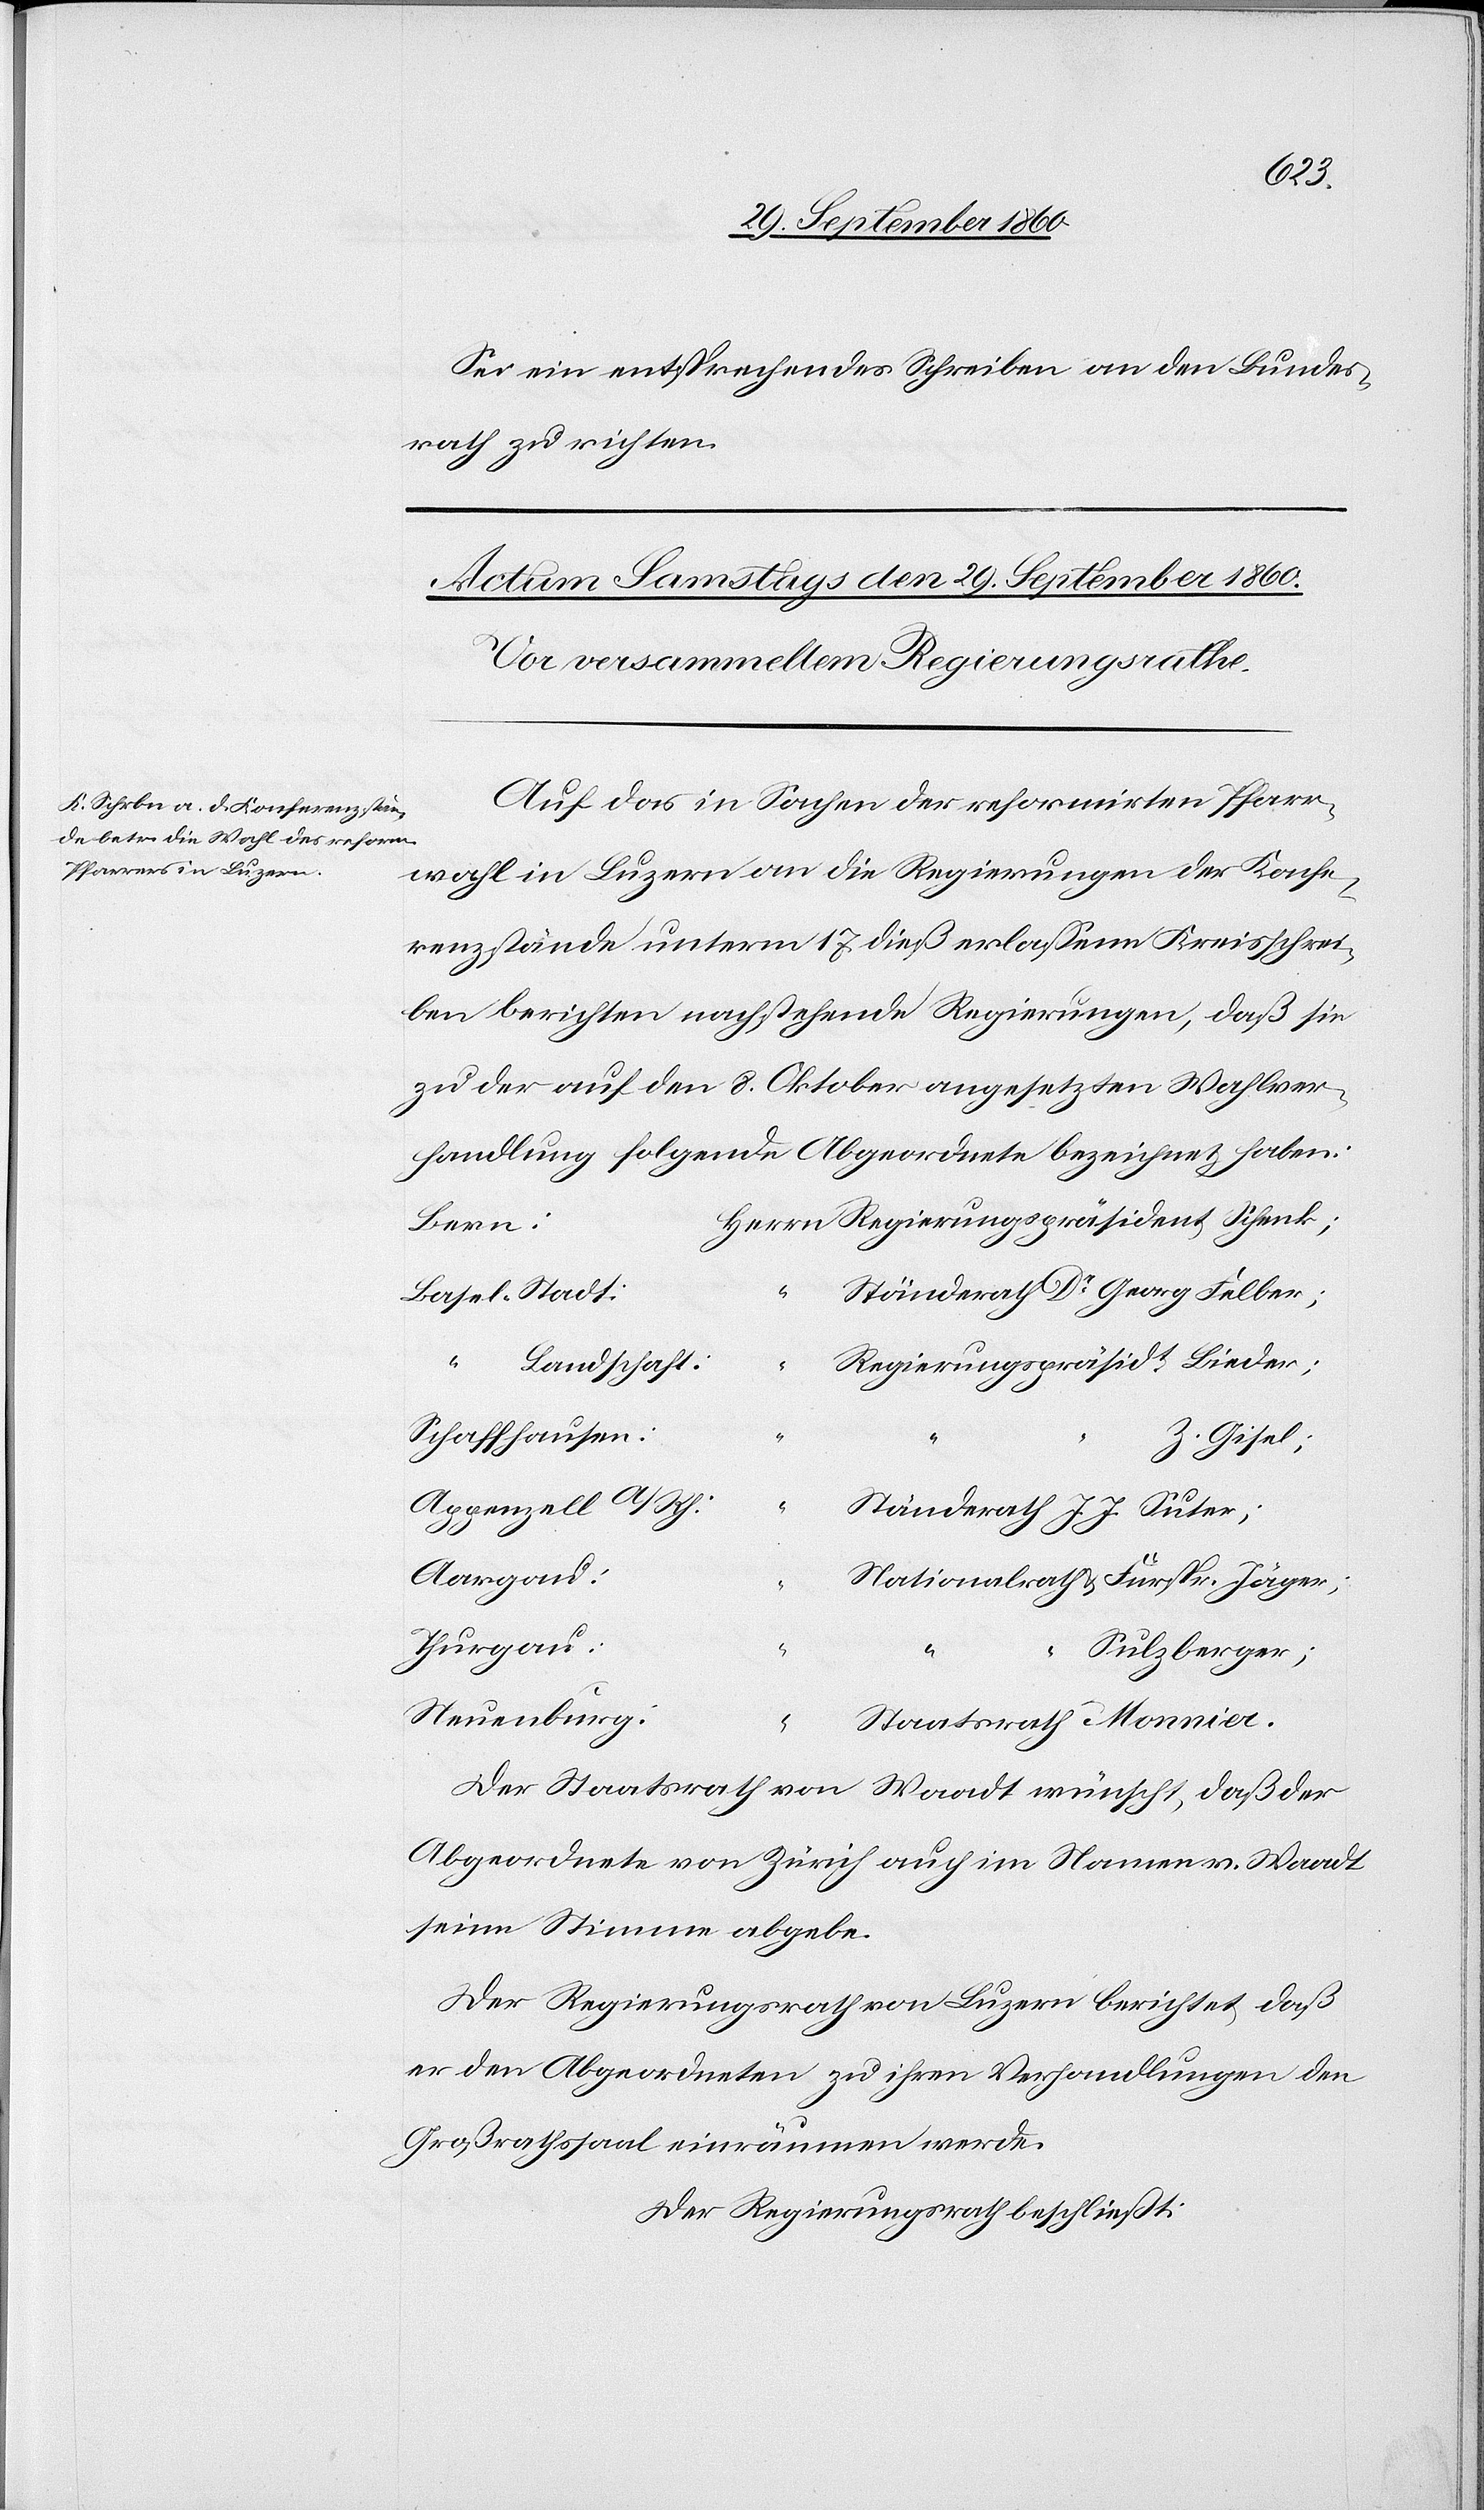
Sei ein entsprechendes Schreiben an den Bundes¬
rath zu richten.
Auf das in Sachen der reformirten Pfarr¬
wahl in Luzern an die Regierungen der Konfe¬
renzstände unterm 17. dieß erlassenen Kreisschrei¬
ben berichten nachstehende Regierungen, daß sie
zu der auf den 8. Oktober angesetzten Wahlver¬
handlung folgende Abgeordnete bezeichnet haben:
Bern:
Ständerath Dr Georg Felber;
Landschaft:
Regierungspräsident Schenk;
Schaffhausen:
Z. Gisel;
Appenzell A/Rh.:
Ständerath J. J. Suter
Aargau:
Nationalrath u. Fürspr. Jäger;
Thurgau:
“
Sulzberger;
Neuenburg
“
Staatsrath Monnier.
Der Staatsrath von Waadt wünscht, daß der
Abgeordnete von Zürich auch im Namen v. Waadt
seine Stimmen abgebe.
Der Regierungsrath von Luzern berichtet, daß
er den Abgeordneten zu ihren Verhandlungen den
Großrathssaal einräumen werde.
Der Regierungsrath beschließt: